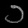
Digit: ၁